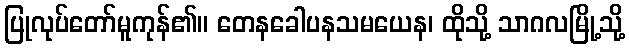
ပြုလုပ်တော်မူကုန်၏။ တေနခေါပနသမယေန၊ ထိုသို့ သာဂလမြို့သို့